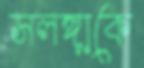
সলঙ্গাকে